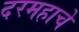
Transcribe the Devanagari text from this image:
दरमहाचे